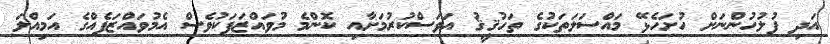
އަދި ފުލުހުންނަށް ހުށަހެޅޭ މައްސަލަތަކުގެ ތަހުޤީޤު އަވަސްކުރުމަށާއި ކޮންމެ މުވައްޒަފަކުވެސް އެމުވައްޒަފެއްގެ އަމިއްލަ